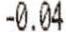
-0.04